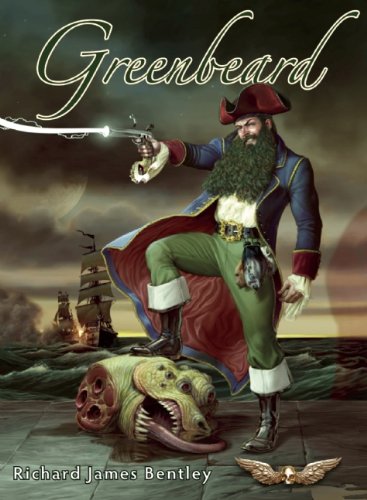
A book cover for Greenbeard; Richard James Bentley; Literature & Fiction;